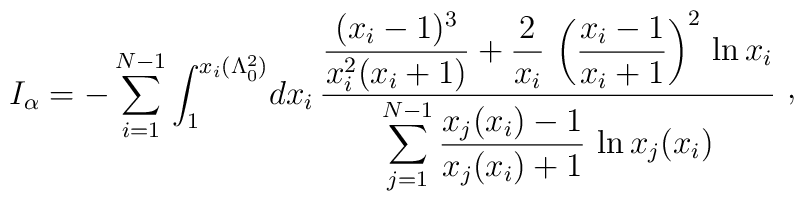
I_{\alpha} = -\sum_{i=1}^{N-1}\int_{1}^{x_{i}(\Lambda_{0}^{2})}\! dx_{i}\, {\displaystyle {(x_{i}-1)^{3}\over x_{i}^{2}(x_{i}+1)} +{2\over x_{i}}\, \left({x_{i}-1\over x_{i}+1}\right)^{2}\, \ln x_{i}\over\displaystyle\sum_{j=1}^{N-1} {x_{j}(x_{i})-1\over x_{j}(x_{i}) + 1} \, \ln x_{j}(x_{i})}\ \raise 2pt\hbox{,}